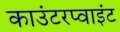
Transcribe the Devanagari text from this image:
काउंटरप्वाइंट